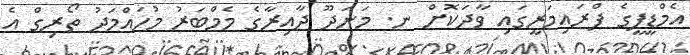
އެމްޑީޕީގެ ޕްރައިމަރީގައި ވާދަކޮށް ނ. މަނަދޫ ދާއިރާގެ މެމްބަރު މުހައްމަދު ތޯރިގް އެ